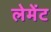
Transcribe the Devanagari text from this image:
लेमेंट